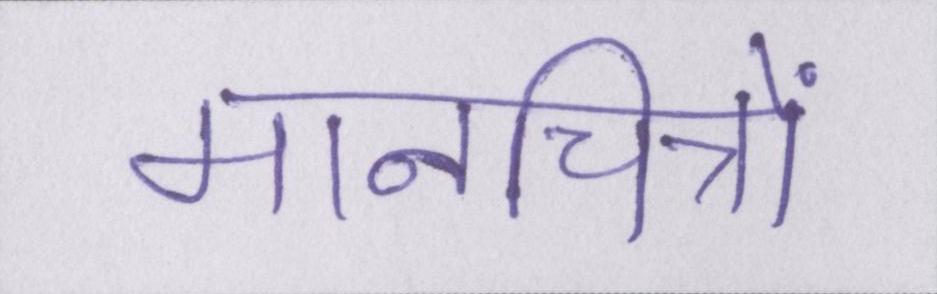
मानचित्रों